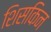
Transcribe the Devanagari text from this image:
शिसकिन